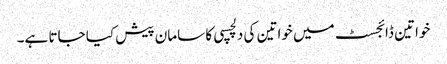
خواتین ڈائجسٹ میں خواتین کی دلچسپی کا سامان پیش کیا جاتا ہے۔